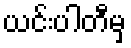
ယင်းပါတီမှ